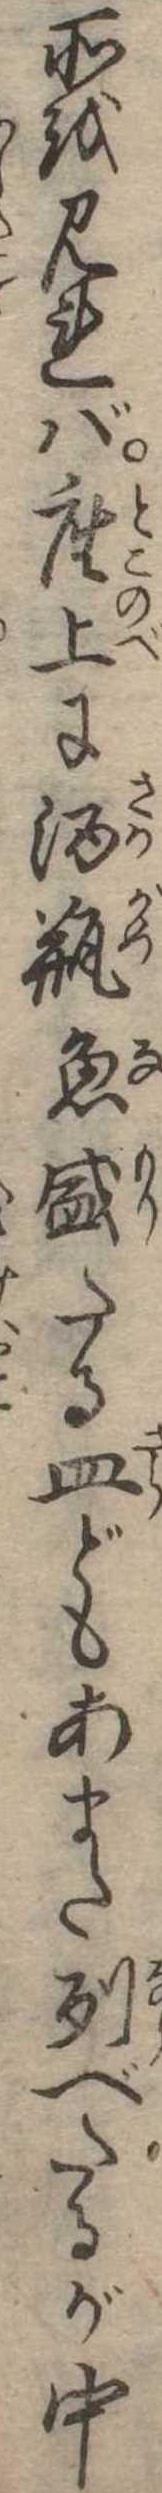
所を見れば座上に酒瓶魚盛たる皿どもあまた列べたるが中